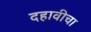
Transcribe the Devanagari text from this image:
दहावीचा